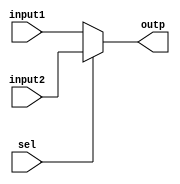
`timescale 1ns / 1ps
//////////////////////////////////////////////////////////////////////////////////
// Company: 
// Engineer: 
// 
// Design Name: 
// Module Name: mux
// Project Name: 
// Target Devices: 
// Tool Versions: 
// Description: 
// 
// Dependencies: 
// 
// Revision:
// Revision 0.01 - File Created
// Additional Comments:
// 
//////////////////////////////////////////////////////////////////////////////////

module mux(input1,input2,sel,outp);
input [16-1:0] input1,input2;
input sel;
output [16-1:0] outp;
assign outp=(sel)?input2:input1;
endmodule